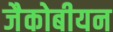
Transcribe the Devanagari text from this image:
जैकोबीयन